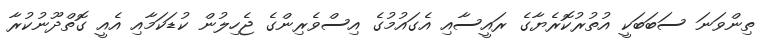
ތިންވަނަ ސަބަބަކީ އުތުރުކޮރެޔާގެ ރައީސާއި އެގައުމުގެ އިސްވެރިންގެ ޖެހިލުން ކުޑަކަމާއި އެއީ ގޮތްދޫނުކުރާ